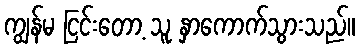
ကျွန်မ ငြင်းတော့ သူ နှာကောက်သွားသည်။